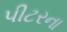
પીટરના